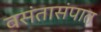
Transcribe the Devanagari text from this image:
वसंतासंपात